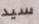
سيد